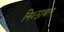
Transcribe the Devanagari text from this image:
निश्ठावान